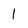
Character: 1